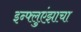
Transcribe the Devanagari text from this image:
इन्फ्लुएंझाचा